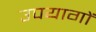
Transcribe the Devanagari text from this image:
उपयागों